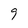
Character: 9